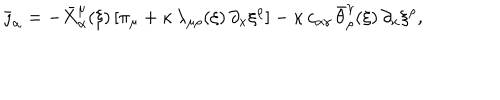
\bar { \jmath } _ { \alpha } = - \bar { X } _ { \alpha } ^ { \mu } ( \xi ) \, [ \pi _ { \mu } + \kappa \, \lambda _ { \mu \rho } ( \xi ) \, \partial _ { x } \xi ^ { \rho } ] - \kappa \, c _ { \alpha \gamma } \, \bar { \theta } _ { \rho } ^ { \gamma } ( \xi ) \, \partial _ { x } \xi ^ { \rho } ,